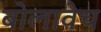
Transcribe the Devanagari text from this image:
बोलावेच